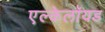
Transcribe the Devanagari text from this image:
एल्केलॉयड